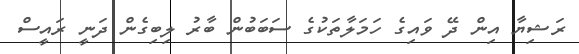
ރަޝިޔާ އިން ދޭ ވައިގެ ހަމަލާތަކުގެ ސަބަބުން ބާރު ލިބިގެން ދަނީ ރައީސް